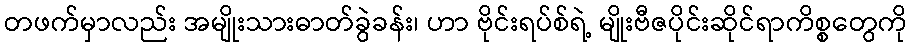
တဖက်မှာလည်း အမျိုးသားဓာတ်ခွဲခန်း၊ ဟာ ဗိုင်းရပ်စ်ရဲ့ မျိုးဗီဇပိုင်းဆိုင်ရာကိစ္စတွေကို